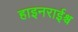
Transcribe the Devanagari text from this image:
हाइनराईश्च